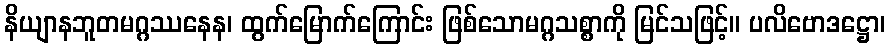
နိယျာနဘူတမဂ္ဂဿနေန၊ ထွက်မြောက်ကြောင်း ဖြစ်သောမဂ္ဂသစ္စာကို မြင်သဖြင့်။ ပလိဗောဒဋ္ဌော၊